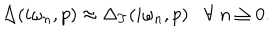
LaTeX: \Delta ( i \omega _ { n } , p ) \approx \Delta _ { T } ( i \omega _ { n } , p ) \forall \; n \geq 0 .